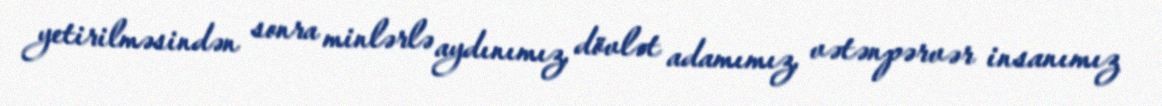
yetirilməsindən sonra minlərlə aydınımız, dövlət adamımız, vətənpərvər insanımız